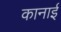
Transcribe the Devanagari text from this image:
कानाई